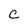
Character: c